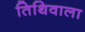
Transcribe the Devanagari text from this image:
तिथिवाला